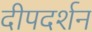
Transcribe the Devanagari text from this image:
दीपदर्शन